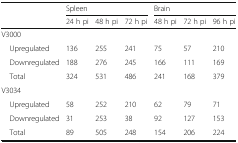
| <ROWSPAN=2>  | <COLSPAN=3> Spleen | <COLSPAN=3> Brain |
 | 24 h pi | 48 h pi | 72 h pi | 48 h pi | 72 h pi | 96 h pi |
 | --- | --- | --- | --- | --- | --- | --- |
 | <COLSPAN=7> V3000 |
 | Upregulated | 136 | 255 | 241 | 75 | 57 | 210 |
 | Downregulated | 188 | 276 | 245 | 166 | 111 | 169 |
 | Total | 324 | 531 | 486 | 241 | 168 | 379 |
 | <COLSPAN=7> V3034 |
 | Upregulated | 58 | 252 | 210 | 62 | 79 | 71 |
 | Downregulated | 31 | 253 | 38 | 92 | 127 | 153 |
 | Total | 89 | 505 | 248 | 154 | 206 | 224 |